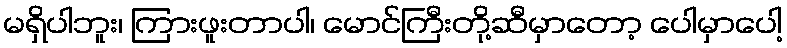
မရှိပါဘူး၊ ကြားဖူးတာပါ၊ မောင်ကြီးတို့ဆီမှာတော့ ပေါမှာပေါ့